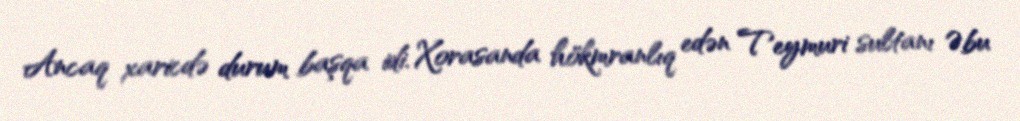
Ancaq xaricdə durum başqa idi. Xorasanda hökmranlıq edən Teymuri sultanı Əbu